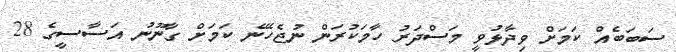
ސަބަބެއް ކަމަށް ވިދާޅުވީ މަސްދަރު ހާމަކުރަން ނުޖެހޭނެ ކަމަށް ގާނޫނު އަސާސީގެ 28